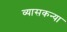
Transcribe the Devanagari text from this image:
व्यासकन्या